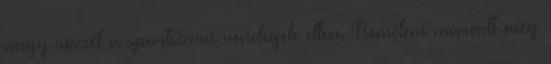
nagy részét a sportszerű vendégek ellen. Remélem maradt még